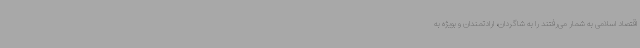
اقتصاد اسلامی به شمار می‌رفتند را به شاگردان، ارادتمندان و بویژه به